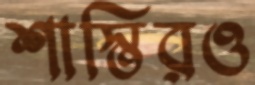
শাস্তিরও